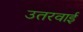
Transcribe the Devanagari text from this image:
उतरवाई